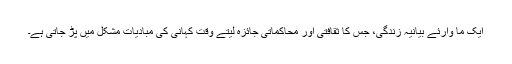
ایک ما وارئے بیانیہ زندگی، جس کا ثقافتی اور محاکماتی جائزہ لیتے وقت کہانی کی مبادیات مشکل میں پڑ جاتی ہے۔